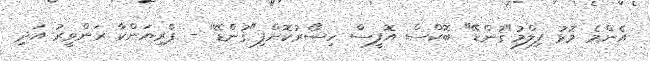
އެންމެ މޮޅު ފިލްމު"ގުންޑޭ" ބޮކްސް އޮފީސް ހިސޯރުކޮށްފި"ގުންޑޭ" - ޕްރިޔަންކާ ރަންވީރު އަދި